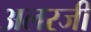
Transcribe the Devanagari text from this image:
अलरजी